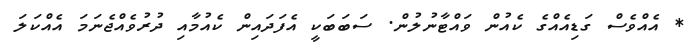
* އެއްވެސް ގަޑިއެއްގެ ކެއުން ވައްޓާނުލުން. ސަބަބަކީ އެފަދައިން ކެއުމާއި ދުރުވެއްޖެނަމަ އެއްކަލަ